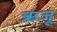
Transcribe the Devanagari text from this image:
ऋजू